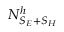
N _ { S _ { E } + S _ { H } } ^ { h }